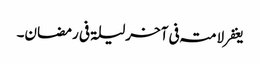
یغفر لامتہ فی آخرلیلۃ فی رمضان۔